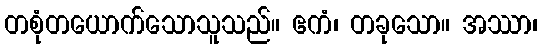
တစုံတယောက်သောသူသည်။ ဧကံ၊ တခုသော။ အဿာ၊